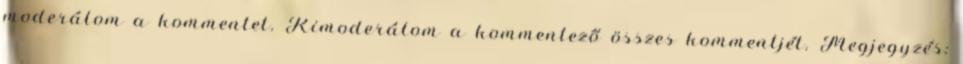
moderálom a kommentet. Kimoderálom a kommentező összes kommentjét. Megjegyzés: